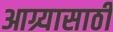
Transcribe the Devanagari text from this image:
आग्र्यासाठी